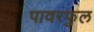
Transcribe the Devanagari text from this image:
पावरफुल